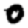
Digit: 0